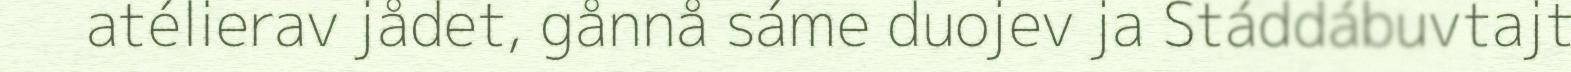
atélierav jådet, gånnå sáme duojev ja Stáddábuvtajt